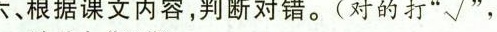
六、根据课文内容，判断对错。(对的打”√”，